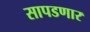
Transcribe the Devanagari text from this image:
सापडणार